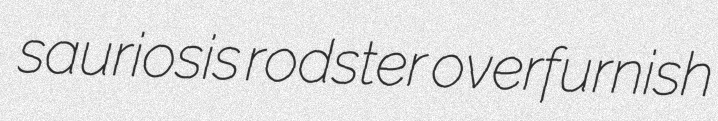
sauriosis rodster overfurnish